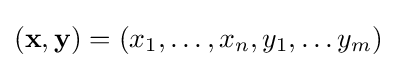
(\mathbf {x} ,\mathbf {y} )=(x_{1},\ldots ,x_{n},y_{1},\ldots y_{m})